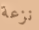
نزعة